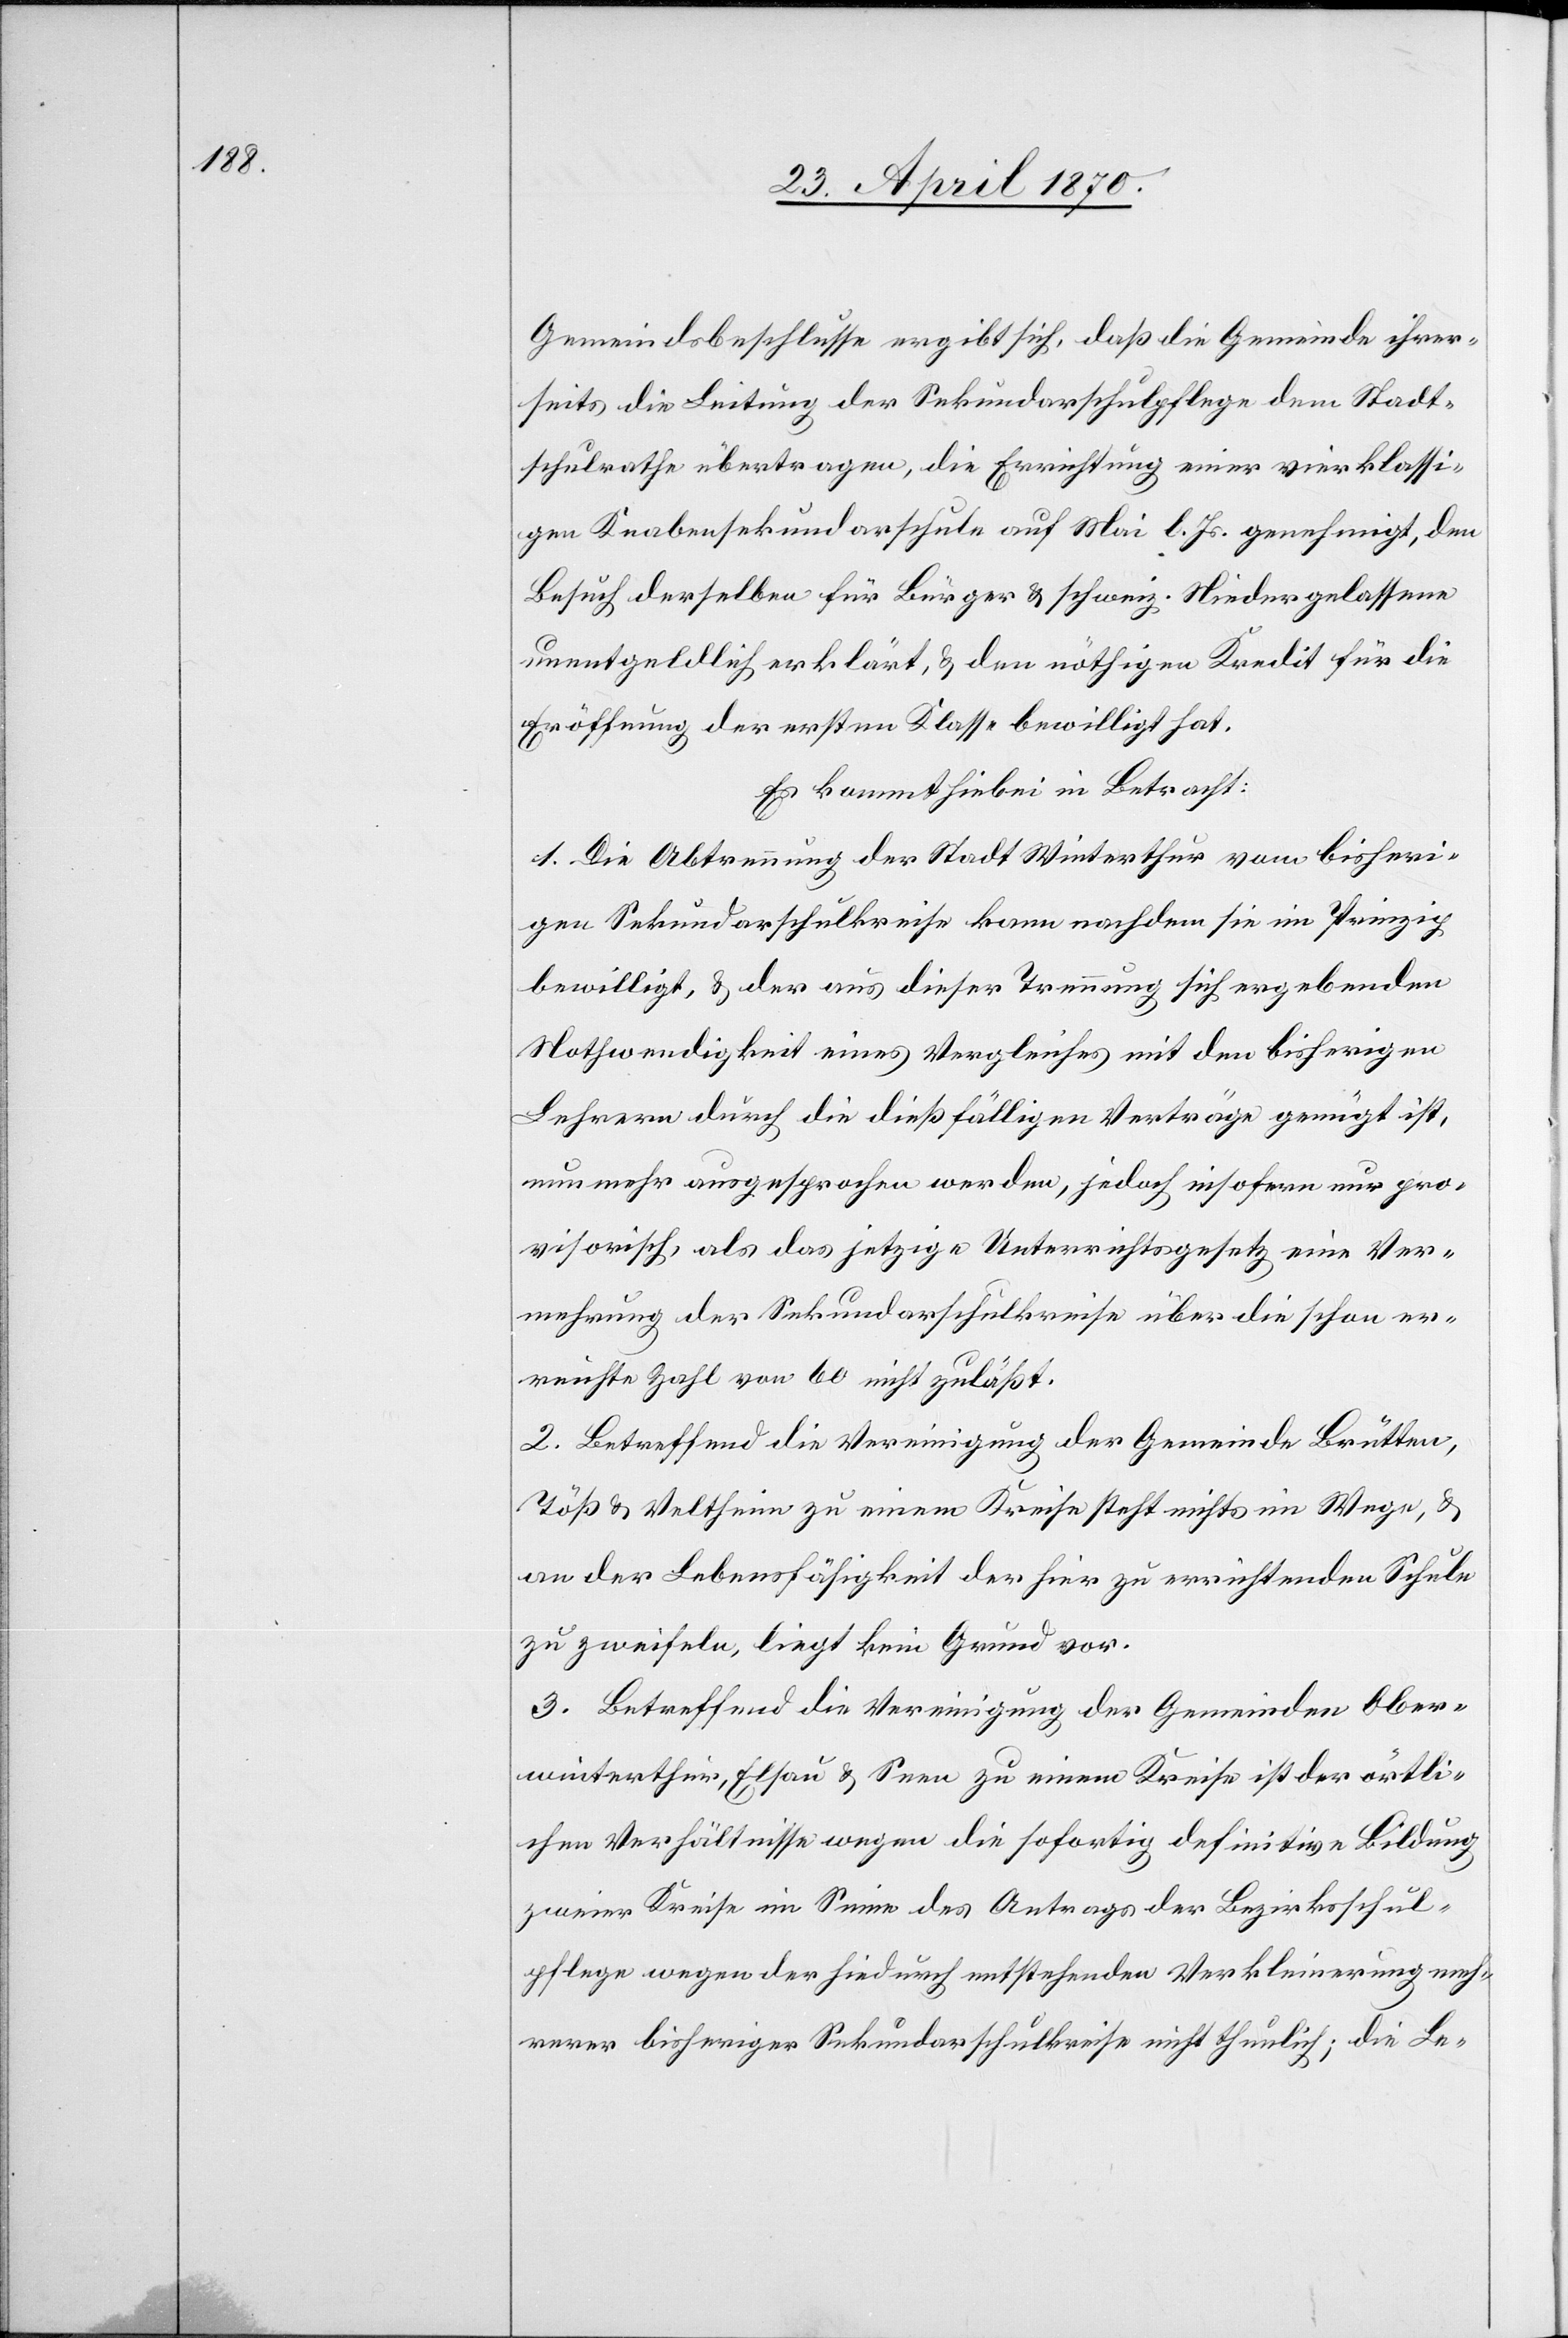
Gemeindsbeschlusse [sic!] ergibt sich, daß die Gemeinde ihrer¬
seits die Leitung der Sekundarschulpflege dem Stadt¬
schulrathe übertragen, die Errichtung einer vierklassi¬
gen Knabensekundarschule auf Mai l. Js. genehmigt, den
Besuch derselben für Bürger & schweiz. Niedergelassene
unentgeldlich erklärt, & den nöthigen Kredit für die
Eröffnung der ersten Klasse bewilligt hat.
Es kommt hiebei in Betracht:
1. Die Abtrennung der Stadt Winterthur vom bisheri¬
gen Sekundarschulkreise kann nachdem sie im Prinzip
bewilligt, & der aus dieser Trennung sich ergebenden
Nothwendigkeit eines Vergleiches mit den bisherigen
Lehrern durch die dießfälligen Verträge genügt ist
nun mehr ausgesprochen werden, jedoch insofern nur pro¬
visorisch, als das jetzige Unterrichtsgesetz eine Ver¬
mehrung der Sekundarschulkreise über die schon er¬
reichte Zahl von 60 nicht zuläßt.
2. Betreffend die Vereinigung der Gemeinde Brüten,
Töß & Veltheim zu einem Kreise steht nichts im Wege, &
an der Lebensfähigkeit der hier zu errichtenden Schule
zu zweifeln, liegt kein Grund vor.
3. Betreffend die Vereinigung der Gemeinden Ober¬
winterthur, Elsau & Seen zu einem Kreise ist der örtli¬
chen Verhältnisse wegen die sofortig definitive Bildung
zweier Kreise im Sinne des Antrags der Bezirksschul¬
pflege wegen der hiedurch entstehenden Verkleinerung meh¬
rerer bisheriger Sekundarschulkreise nicht thunlich; die Le-